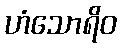
ဟံသောရိဝ